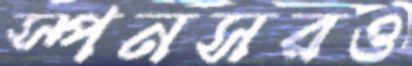
স্পনসরও